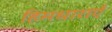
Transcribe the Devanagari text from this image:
हिमधाराएँ